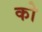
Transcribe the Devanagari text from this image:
को